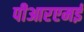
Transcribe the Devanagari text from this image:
पीआरएमई